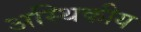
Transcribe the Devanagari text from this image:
अस्थिकीय